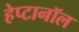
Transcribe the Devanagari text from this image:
हेप्टानॉल